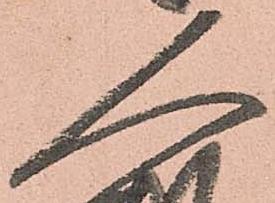
人